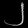
Digit: ၂